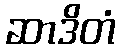
ဆာဒိတံ